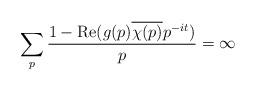
LaTeX: \begin{align*} \sum_p \frac{1 - \operatorname{Re}( g(p) \overline{\chi(p)} p^{-it} )}{p} = \infty\end{align*}